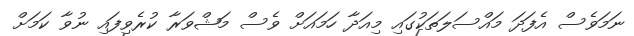
ނަމަވެސް އެފަދަ މައްސަލަތަކުގައި މިއަދާ ހަމައަށް ވެސް މަޝްވަރާ ކުރެވިފައި ނުވާ ކަމަށް